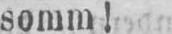
somm!